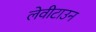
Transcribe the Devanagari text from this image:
लेवीटाउन